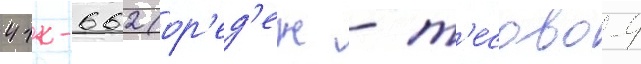
41к-662 (ор'ед'еж - т'есово-4